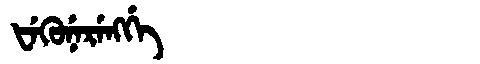
Manchu: ᡶᡝᡴᡠᠨᡝᡵᡝᠩᡤᡝ
Romanization: FEKUNERENGGE